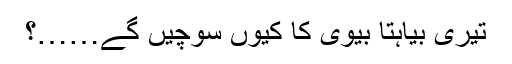
تیری بیاہتا بیوی کا کیوں سوچیں گے……؟